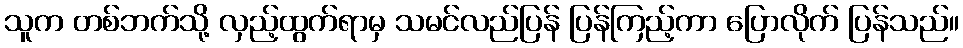
သူက တစ်ဘက်သို့ လှည့်ထွက်ရာမှ သမင်လည်ပြန် ပြန်ကြည့်ကာ ပြောလိုက် ပြန်သည်။